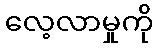
လေ့လာမှုကို